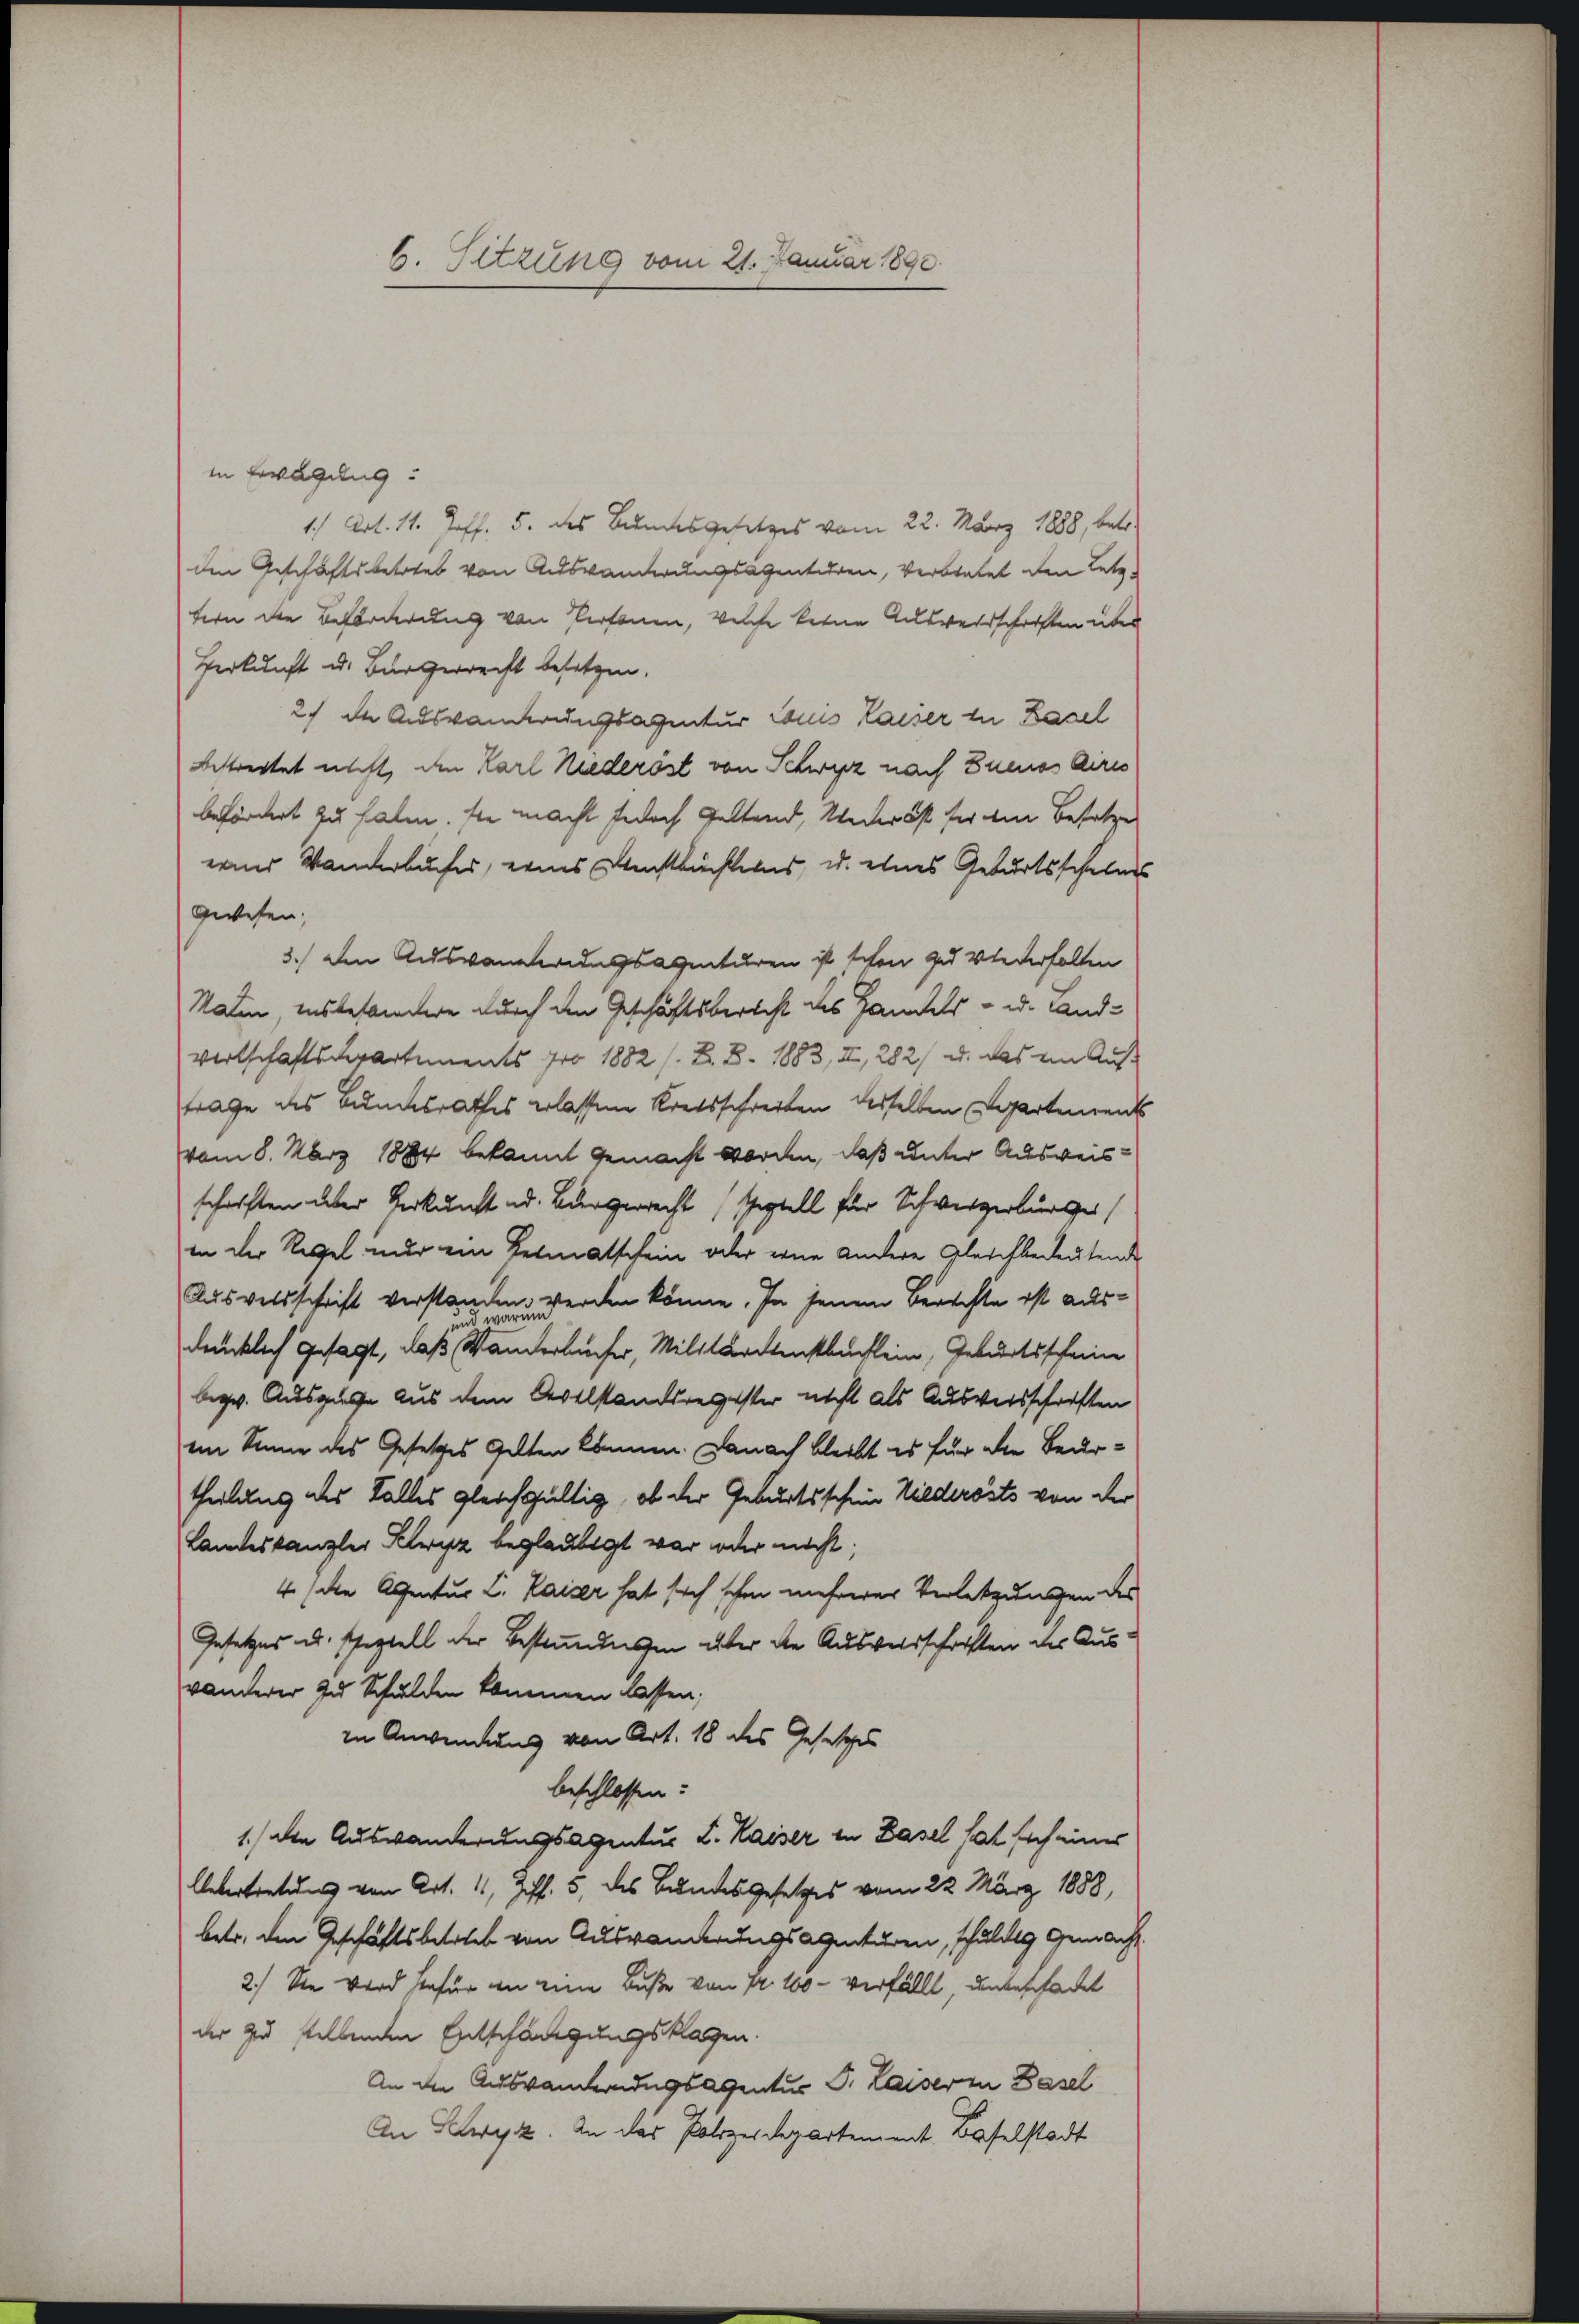
in Erwägung:
1) Art. 11. Joff. 5. des Bundesgesetzes vom 22. März 1888, betr.
den Geschäftsbetrieb von Auswanderungsagenturen, verbratet den Letz-
tern die Beförderung von Personen, welche keine Ausweisschriften über
Herkunft u. Bürgerrecht besetzen.
2. der Auswanderungsagentur Louis Kaiser zu Basel
bestreitet nicht, den Karl Niederöst von Schwyz nach Buenos Aires
befördert zu haben. Sie macht jedoch Geltend, Wederöst her ein Besetze
end Wanderbuches, eines Ansuchtens, u. eines Geburtsschelms
gewesen;
3.) Den Auswanderungsagenturen ist schon zu Wiederhalten
Naten, insbesondere durch den Geschäftsberecht des Handels- u. Land¬
Wertschaftsdepartements pro 1882 s. Z. B. 1883, II, 282 u. das im Auftrage des Bundesrathes erlassene Kreisschreiten desselben Departement
vom 8. März 1884 bekannt gemacht worden, daß unter Ausweisschriften über Verkunft od. Bürgerrecht (Septell für Schwerzerbürger
in der Regel nur ein Heimatschein oder eine andere Gleichbedeutende
Ausverschrift verstanden werden könne. In jenem Berechte ist ausdrücklich gesagt, daß Wanderbücher, Militarienstbuchlein, Geburtsschein
bezw. Ausgabe aus dem Geselstandsregister nicht als Ausversschriften
eim Sinne des Gesetzes Gelten können. Danach bleibt es für die Beurtheilung des Talles gleichgültig, ob der Geburtsscheine Niederösts von der
Landeskanzler Schwyz beglaubigt war oder nicht;
4 die Agentur L. Kaiser hat sich schon mehrerer Verletzungen des
Gesetzes u. scheptell der Bestimmungen über die Ausweisschriften des Aus
vanderer zu Schulden kommen lassen;
in Anwendung von Art. 18 des Gesetzes
beschlossen:
1./ den Auswanderungsagentur L. Kaiser in Basel hat sich einer
Uebertretung von Art. 11, Ziff. 5, des Bundes Gesetzes vom 22. März 1888,
betr. den Geschäftsbetrieb von Auswanderungsagenturen, schuldig Gemacht
2.) Sie wird hiefür an eine Buße von Fr. 100 - verfällt, unbeschadet
der zu stellenden Entschängungsklagen.
An die Auswanderungsagentur d. Kaiser in Basel
An Schwyz. An das Polizeidepartement Baselstadt

6. Sitzung vom 21. Januar 1890.